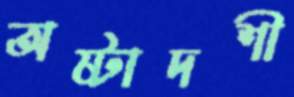
অষ্টাদশী